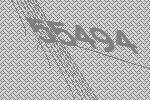
55494